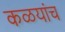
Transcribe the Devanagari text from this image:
कळयांच